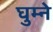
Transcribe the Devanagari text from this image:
घुम्ने